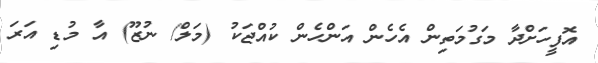
އޮފީހަށްދާ މަގުމަތިން އެހެން އަންހެން ކުއްޖަކު (މަލް/ ނުޒޫ) އާ މުޑި އަރަ